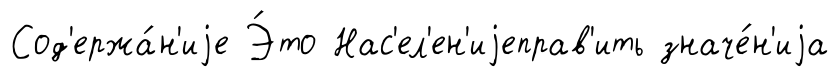
Сод'ержа́н'иjе Э́то Нас'ел'ен'иjеправ'ить значе́н'иjа